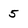
Character: 5